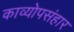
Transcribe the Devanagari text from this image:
काव्योपसंहार